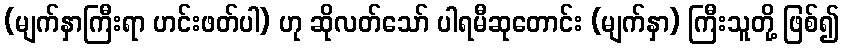
(မျက်နှာကြီးရာ ဟင်းဖတ်ပါ) ဟု ဆိုလတ်သော် ပါရမီဆုတောင်း (မျက်နှာ) ကြီးသူတို့ ဖြစ်၍